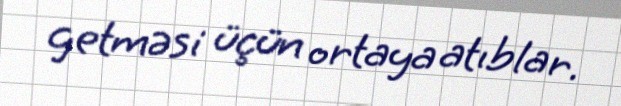
getməsi üçün ortaya atıblar.